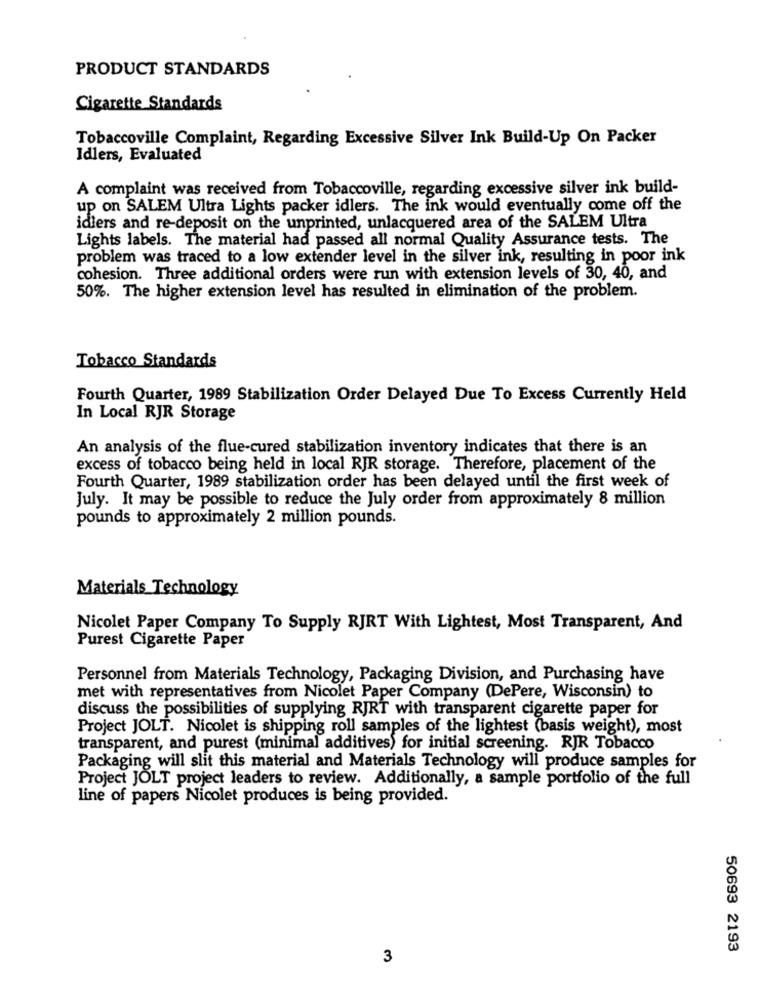
PRODUCT STANDARDS
Cigarette Standards
Tobaccoville Complaint, Regarding Excessive Silver Ink Build-Up On Packer
Idlers, Evaluated
A complaint was received from Tobaccoville, regarding excessive silver ink build-
up on SALEM Ultra Lights packer idlers. The ink would eventually come off the
idlers and re-deposit on the unprinted, unlacquered area of the SALEM Ultra
Lights labels. The material had passed all normal Quality Assurance tests. The
problem was traced to a low extender level in the silver ink, resulting in poor ink
cohesion. Three additional orders were run with extension levels of 30, 40, and
50%. The higher extension level has resulted in elimination of the problem.
Tobacco Standards
Fourth Quarter, 1989 Stabilization Order Delayed Due To Excess Currently Held
In Local RJR Storage
An analysis of the flue-cured stabilization inventory indicates that there is an
excess of tobacco being held in local RJR storage. Therefore, placement of the
Fourth Quarter, 1989 stabilization order has been delayed until the first week of
July. It may be possible to reduce the July order from approximately 8 million
pounds to approximately 2 million pounds.
Materials Technology
Nicolet Paper Company To Supply RJRT With Lightest, Most Transparent, And
Purest Cigarette Paper
Personnel from Materials Technology, Packaging Division, and Purchasing have
met with representatives from Nicolet Paper Company (DePere, Wisconsin) to
discuss the possibilities of supplying RJRT with transparent cigarette paper for
Project JOLT. Nicolet is shipping roll samples of the lightest (basis weight), most
transparent, and purest (minimal additives) for initial screening. RJR Tobacco
Packaging will slit this material and Materials Technology will produce samples for
Project JOLT project leaders to review. Additionally, a sample portfolio of the full
line of papers Nicolet produces is being provided.
50693 2193
3